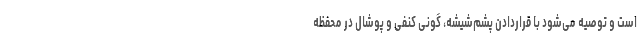
است و توصیه می‌شود با قراردادن پشم‌شیشه، گونی کنفی و پوشال در محفظه